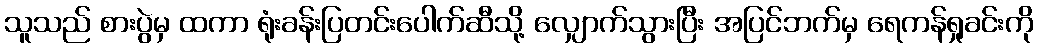
သူသည် စားပွဲမှ ထကာ ရုံးခန်းပြတင်းပေါက်ဆီသို့ လျှောက်သွားပြီး အပြင်ဘက်မှ ရေကန်ရှုခင်းကို